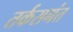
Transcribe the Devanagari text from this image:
तर्कसगंत